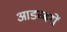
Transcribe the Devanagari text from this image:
आडब्बरों